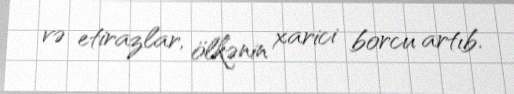
və etirazlar, ölkənin xarici borcu artıb.